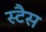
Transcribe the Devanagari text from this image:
स्टैस